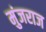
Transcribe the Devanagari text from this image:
मुंजराज